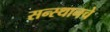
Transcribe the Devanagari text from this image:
सन्स्थानचे